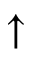
\uparrow